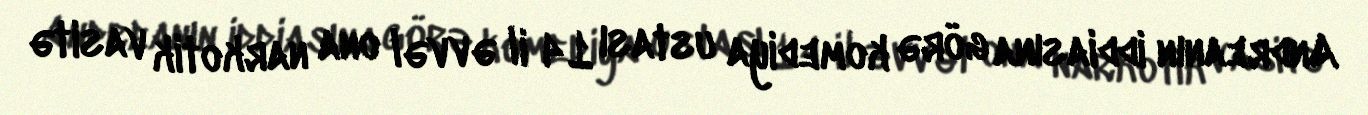
Andreanın iddiasına görə komediya ustası 14 il əvvəl ona narkotik vasitə